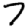
Digit: 7